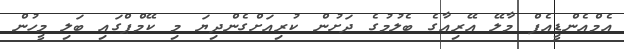
އެމްއެންޑީއެފް މާލޭ އޭރިއާގެ ބެލުމުގެ ދަށުން ކުރިއަށްގެންދިޔަ މި ކޭމްޕްގައި ބަލި މީހުން